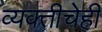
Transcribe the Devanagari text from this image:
व्यक्तीचेही